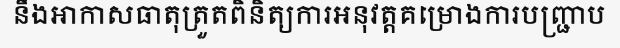
នឹងអាកាសធាតុត្រួតពិនិត្យការអនុវត្តគម្រោងការបញ្ជ្រាប